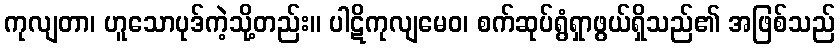
ကုလျတာ၊ ဟူသောပုဒ်ကဲ့သို့တည်း။ ပါဋိကုလျမေဝ၊ စက်ဆုပ်ရွံရှာဖွယ်ရှိသည်၏ အဖြစ်သည်